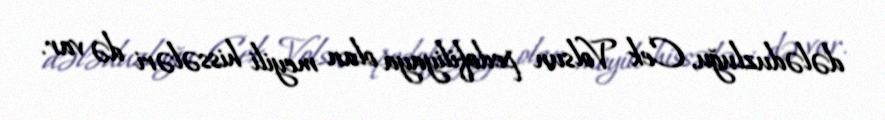
dələduzluğu, Cek Volsun pedofiliyaya olan meyili hissələri də var.